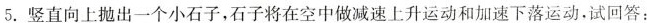
5. 竖直向上抛出一个小石子，石子将在空中做减速上升运动和加速下落运动。试回答：